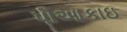
પૌઆકાઇ